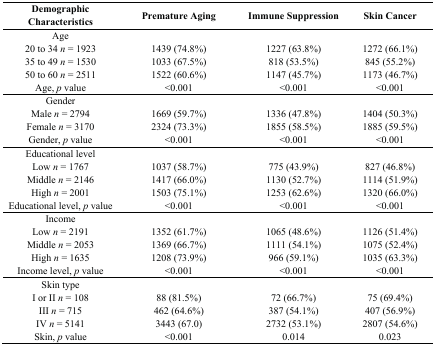
| Demographic Characteristics | Premature Aging | Immune Suppression | Skin Cancer |
 | --- | --- | --- | --- |
 | Age |  |  |  |
 | 20 to 34 n = 1923 | 1439 (74.8%) | 1227 (63.8%) | 1272 (66.1%) |
 | 35 to 49 n = 1530 | 1033 (67.5%) | 818 (53.5%) | 845 (55.2%) |
 | 50 to 60 n = 2511 | 1522 (60.6%) | 1147 (45.7%) | 1173 (46.7%) |
 | Age, p value | <0.001 | <0.001 | <0.001 |
 | Gender |  |  |  |
 | Male n = 2794 | 1669 (59.7%) | 1336 (47.8%) | 1404 (50.3%) |
 | Female n = 3170 | 2324 (73.3%) | 1855 (58.5%) | 1885 (59.5%) |
 | Gender, p value | <0.001 | <0.001 | <0.001 |
 | Educational level |  |  |  |
 | Low n = 1767 | 1037 (58.7%) | 775 (43.9%) | 827 (46.8%) |
 | Middle n = 2146 | 1417 (66.0%) | 1130 (52.7%) | 1114 (51.9%) |
 | High n = 2001 | 1503 (75.1%) | 1253 (62.6%) | 1320 (66.0%) |
 | Educational level, p value | <0.001 | <0.001 | <0.001 |
 | Income |  |  |  |
 | Low n = 2191 | 1352 (61.7%) | 1065 (48.6%) | 1126 (51.4%) |
 | Middle n = 2053 | 1369 (66.7%) | 1111 (54.1%) | 1075 (52.4%) |
 | High n = 1635 | 1208 (73.9%) | 966 (59.1%) | 1035 (63.3%) |
 | Income level, p value | <0.001 | <0.001 | <0.001 |
 | Skin type |  |  |  |
 | I or II n = 108 | 88 (81.5%) | 72 (66.7%) | 75 (69.4%) |
 | III n = 715 | 462 (64.6%) | 387 (54.1%) | 407 (56.9%) |
 | IV n = 5141 | 3443 (67.0) | 2732 (53.1%) | 2807 (54.6%) |
 | Skin, p value | <0.001 | 0.014 | 0.023 |